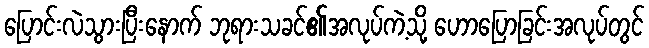
ပြောင်းလဲသွားပြီးနောက် ဘုရားသခင်၏အလုပ်ကဲ့သို့ ဟောပြောခြင်းအလုပ်တွင်